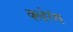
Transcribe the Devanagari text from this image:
क्लेरंस